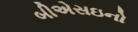
બીએસઇનો